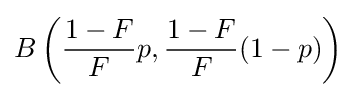
B\left({\frac {1-F}{F}}p,{\frac {1-F}{F}}(1-p)\right)